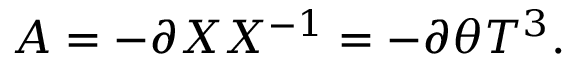
A = - \partial X X ^ { - 1 } = - \partial \theta T ^ { 3 } .